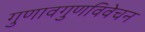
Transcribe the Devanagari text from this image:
गुणावगुणविवेचन